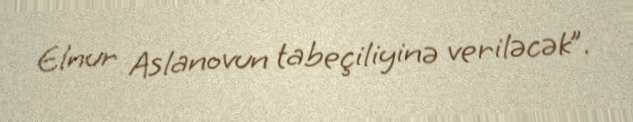
Elnur Aslanovun tabeçiliyinə veriləcək”.